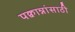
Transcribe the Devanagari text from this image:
पक्वान्नांसाठी